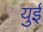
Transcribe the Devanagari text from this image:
युई